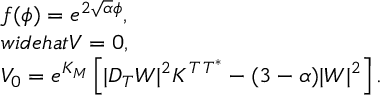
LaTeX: \left. \begin{array} { l } { { f ( \phi ) = e ^ { 2 \sqrt \alpha \phi } , \ } } \\ { { w i d e h a t { V } = 0 , } } \\ { { V _ { 0 } = e ^ { K _ { M } } \left[ | D _ { T } W | ^ { 2 } K ^ { T \, T ^ { * } } - ( 3 - \alpha ) | W | ^ { 2 } \right] . } } \end{array} \right.